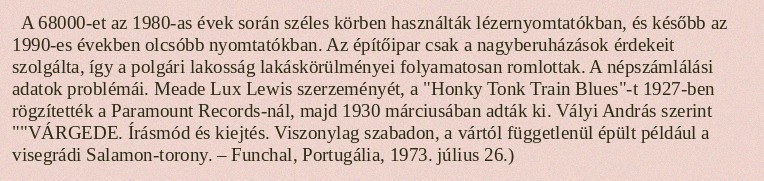
A 68000-et az 1980-as évek során széles körben használták lézernyomtatókban, és később az 1990-es években olcsóbb nyomtatókban. Az építőipar csak a nagyberuházások érdekeit szolgálta, így a polgári lakosság lakáskörülményei folyamatosan romlottak. A népszámlálási adatok problémái. Meade Lux Lewis szerzeményét, a "Honky Tonk Train Blues"-t 1927-ben rögzítették a Paramount Records-nál, majd 1930 márciusában adták ki. Vályi András szerint ""VÁRGEDE. Írásmód és kiejtés. Viszonylag szabadon, a vártól függetlenül épült például a visegrádi Salamon-torony. – Funchal, Portugália, 1973. július 26.)